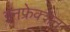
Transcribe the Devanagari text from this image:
इनफ्रेक्शन